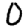
Digit: 0